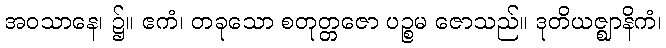
အဝသာနေ၊ ၌။ ဧကံ၊ တခုသော စတုတ္တဇော ပဉ္စမ ဇောသည်။ ဒုတိယဇ္ဈာနိကံ၊